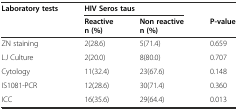
<table><thead><tr><td><b>Laboratory tests</b></td><td colspan="2"><b>HIV Seros taus</b></td><td></td></tr><tr><td></td><td><b>Reactive n (%)</b></td><td><b>Non reactive n (%)</b></td><td><b>P-value</b></td></tr></thead><tbody><tr><td>ZN staining</td><td>2(28.6)</td><td>5(71.4)</td><td>0.659</td></tr><tr><td>LJ Culture</td><td>2(20.0)</td><td>8(80.0)</td><td>0.707</td></tr><tr><td>Cytology</td><td>11(32.4)</td><td>23(67.6)</td><td>0.148</td></tr><tr><td>IS1081-PCR</td><td>12(28.6)</td><td>30(71.4)</td><td>0.360</td></tr><tr><td>ICC</td><td>16(35.6)</td><td>29(64.4)</td><td>0.013</td></tr></tbody></table>